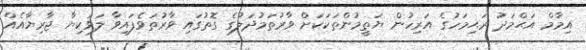
އިމާމް އަޙްމަދު ރަޙިމަހުގެ އަރިހުން ޔަތީމުންތަކަކަށް ވާރުތަމުދަލުގެ ގޮތުގައި ވާރުތަވެފައިވާ ލަވަކިޔާ ޖާރިޔާއެއް